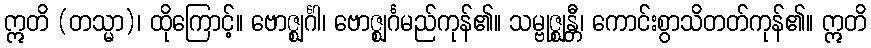
ဣတိ (တသ္မာ)၊ ထိုကြောင့်။ ဗောဇ္ဈင်္ဂါ၊ ဗောဇ္ဈင်္ဂမည်ကုန်၏။ သမ္ဗုဇ္ဈန္တီ၊ ကောင်းစွာသိတတ်ကုန်၏။ ဣတိ